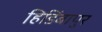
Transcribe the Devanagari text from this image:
हिडिंबापुर